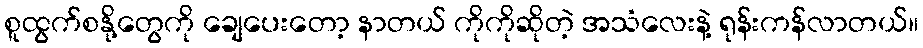
စူထွက်စနို့တွေကို ချေပေးတော့ နာတယ် ကိုကိုဆိုတဲ့ အသံလေးနဲ့ ရုန်းကန်လာတယ်။